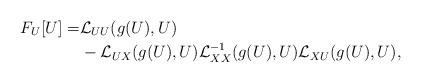
LaTeX: \begin{align*}F_U[U] =& \mathcal{L}_{UU}(g(U),U)\\&{}-\mathcal{L}_{UX}(g(U),U)\mathcal{L}_{XX}^{-1}(g(U),U)\mathcal{L}_{XU}(g(U),U),\end{align*}